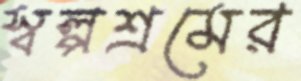
স্বল্পশ্রমের